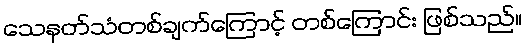
သေနတ်သံတစ်ချက်ကြောင့် တစ်ကြောင်း ဖြစ်သည်။